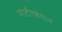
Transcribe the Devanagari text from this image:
मोटीव्हेशन